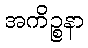
အကိဉ္စနာ